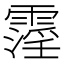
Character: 霪